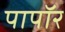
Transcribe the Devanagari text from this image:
पापॉर